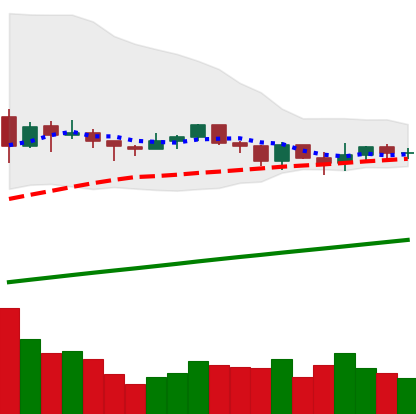
Ticker: XLM-USD
Chart end date: 2021-03-19
Forward return: -7.453%
Label: down_7plus